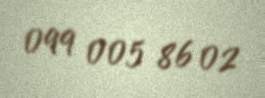
099 005 86 02